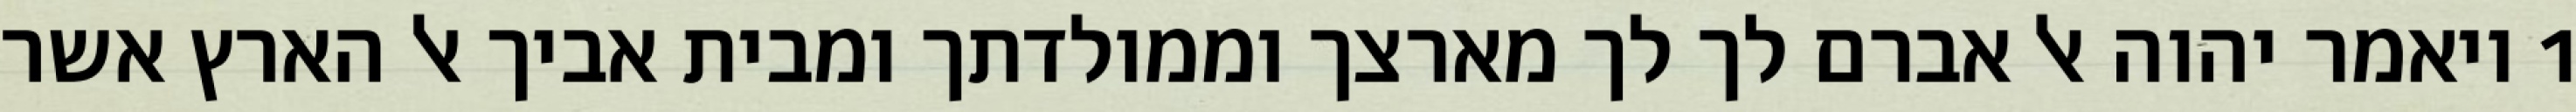
1 ויאמר יהוה אל אברם לך לך מארצך וממולדתך ומבית אביך אל הארץ אשר